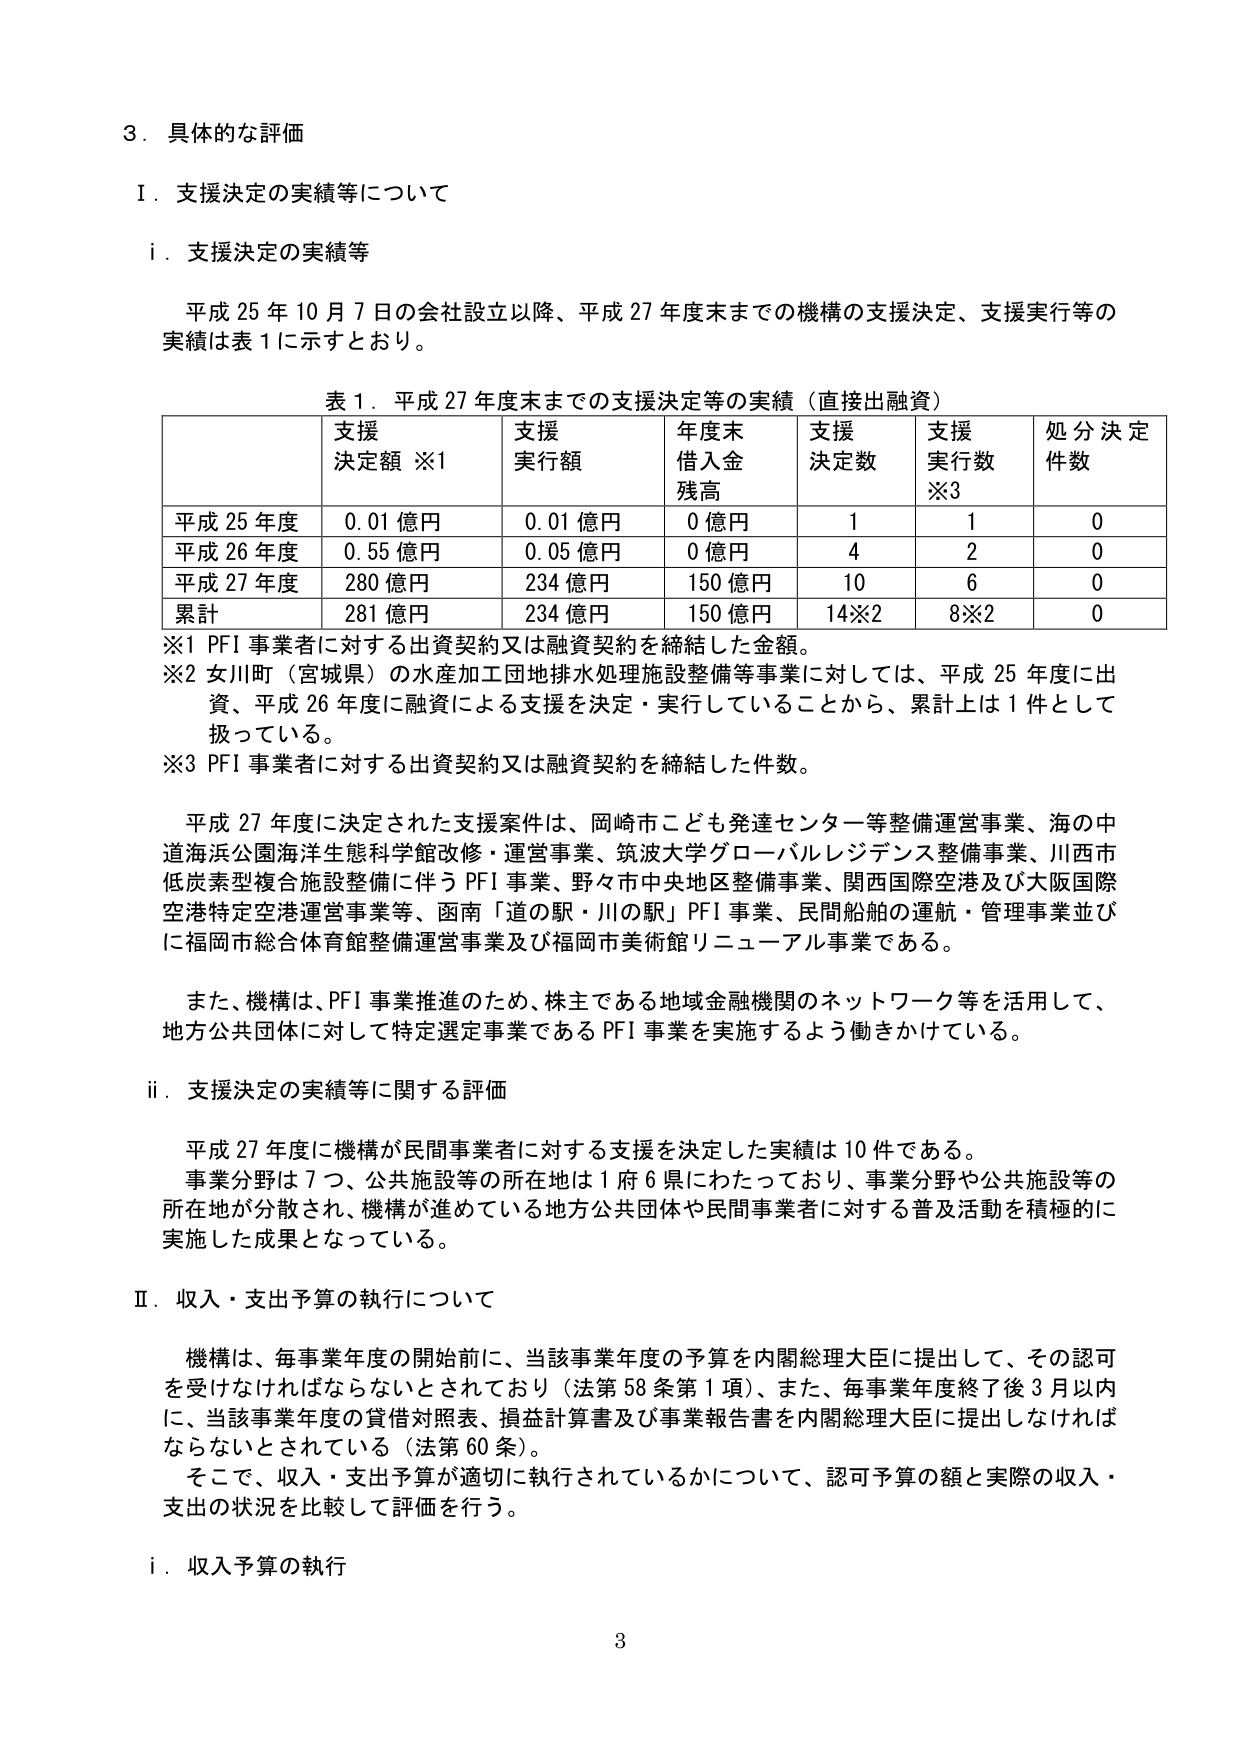
3．具体的な評価

Ⅰ．支援決定の実績等について

i．支援決定の実績等

平成25年10月7日の会社設立以降、平成27年度末までの機構の支援決定、支援実行等の実績は表1に示すとおり。

表1．平成27年度末までの支援決定等の実績（直接出融資）

| | 支援決定額 ※1 | 支援実行額 | 年度末借入金残高 | 支援決定数 | 支援実行数 ※3 | 処分決定件数 |
|---|---|---|---|---|---|---|
| 平成25年度 | 0.01億円 | 0.01億円 | 0億円 | 1 | 1 | 0 |
| 平成26年度 | 0.55億円 | 0.05億円 | 0億円 | 4 | 2 | 0 |
| 平成27年度 | 280億円 | 234億円 | 150億円 | 10 | 6 | 0 |
| 累計 | 281億円 | 234億円 | 150億円 | 14※2 | 8※2 | 0 |

※1 PFI事業者に対する出資契約又は融資契約を締結した金額。
※2 女川町（宮城県）の水産加工団地排水処理施設整備等事業に対しては、平成25年度に出資、平成26年度に融資による支援を決定・実行していることから、累計上は1件として扱っている。
※3 PFI事業者に対する出資契約又は融資契約を締結した件数。

平成27年度に決定された支援案件は、岡崎市こども発達センター等整備運営事業、海の中道海浜公園海洋生態科学館改修・運営事業、筑波大学グローバルレジデンス整備事業、川西市低炭素型複合施設整備に伴うPFI事業、野々市中央地区整備事業、関西国際空港及び大阪国際空港特定空港運営事業等、函南「道の駅・川の駅」PFI事業、民間船舶の運航・管理事業並びに福岡市総合体育館整備運営事業及び福岡市美術館リニューアル事業である。

また、機構は、PFI事業推進のため、株主である地域金融機関のネットワーク等を活用して、地方公共団体に対して特定選定事業であるPFI事業を実施するよう働きかけている。

ii．支援決定の実績等に関する評価

平成27年度に機構が民間事業者に対する支援を決定した実績は10件である。
事業分野は7つ、公共施設等の所在地は1府6県にわたっており、事業分野や公共施設等の所在地が分散され、機構が進めている地方公共団体や民間事業者に対する普及活動を積極的に実施した成果となっている。

Ⅱ．収入・支出予算の執行について

機構は、毎事業年度の開始前に、当該事業年度の予算を内閣総理大臣に提出して、その認可を受けなければならないとされており（法第58条第1項）、また、毎事業年度終了後3月以内に、当該事業年度の貸借対照表、損益計算書及び事業報告書を内閣総理大臣に提出しなければならないとされている（法第60条）。
そこで、収入・支出予算が適切に執行されているかについて、認可予算の額と実際の収入・支出の状況を比較して評価を行う。

i．収入予算の執行

3